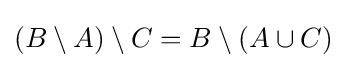
(B\setminus A)\setminus C=B\setminus (A\cup C)